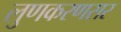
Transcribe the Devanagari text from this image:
लुणकरणसर